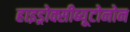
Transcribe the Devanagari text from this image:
हाइड्रोक्सीब्यूटोनोन